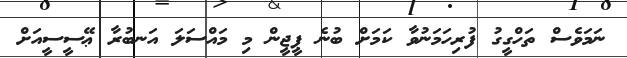
ނަމަވެސް ތަހްގީގު ފުރިހަމަނުވާ ކަމަށް ބުނެ ޕީޖީން މި މައްސަލަ އަނބުރާ ޢޭސީސީއަށް